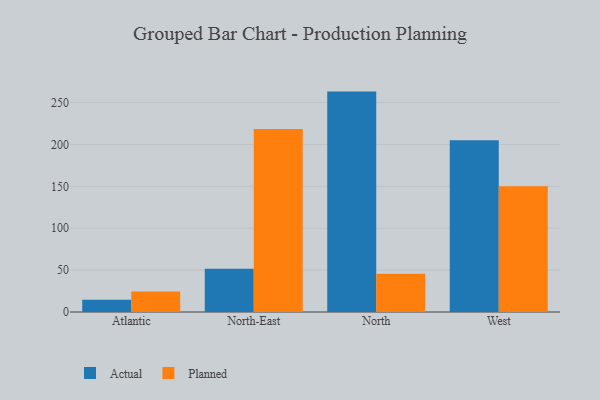
{"axis": {"x": "Region", "y": "Operating Costs (USD K)"}, "legend": ["Actual", "Planned"], "data": [{"x": "Atlantic", "y": 14.6, "type": "Actual"}, {"x": "Atlantic", "y": 24.5, "type": "Planned"}, {"x": "North-East", "y": 51.7, "type": "Actual"}, {"x": "North-East", "y": 218.3, "type": "Planned"}, {"x": "North", "y": 263.0, "type": "Actual"}, {"x": "North", "y": 45.6, "type": "Planned"}, {"x": "West", "y": 204.8, "type": "Actual"}, {"x": "West", "y": 150.2, "type": "Planned"}]}